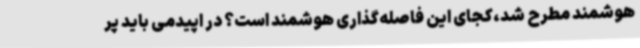
هوشمند مطرح شد،کجای این فاصله‌گذاری هوشمند است؟ در اپیدمی باید پر